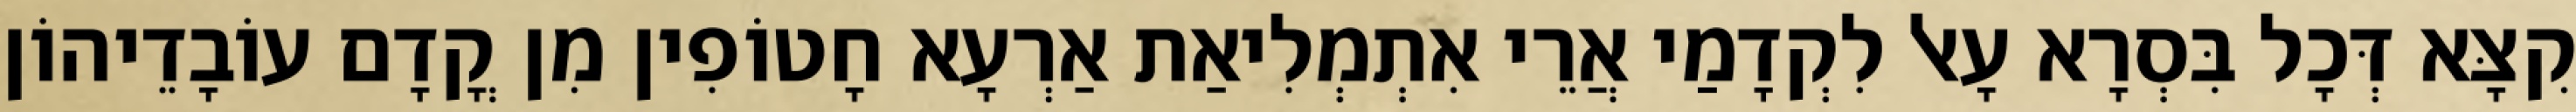
קִצָּא דְּכָל בִּסְרָא עָאל לִקְדָמַי אֲרֵי אִתְמְלִיאַת אַרְעָא חָטוֹפִין מִן קֳדָם עוֹבָדֵיהוֹן